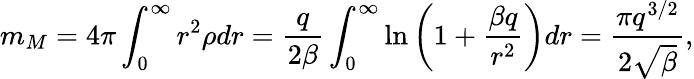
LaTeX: m_{M}=4\pi\int_{0}^{\infty}r^{2}\rho dr=\frac{q}{2\beta}\int_{0}^{\infty}\ln\left(1+\frac{\beta q}{r^{2}}\right)dr=\frac{\pi q^{3/2}}{2\sqrt{\beta}},